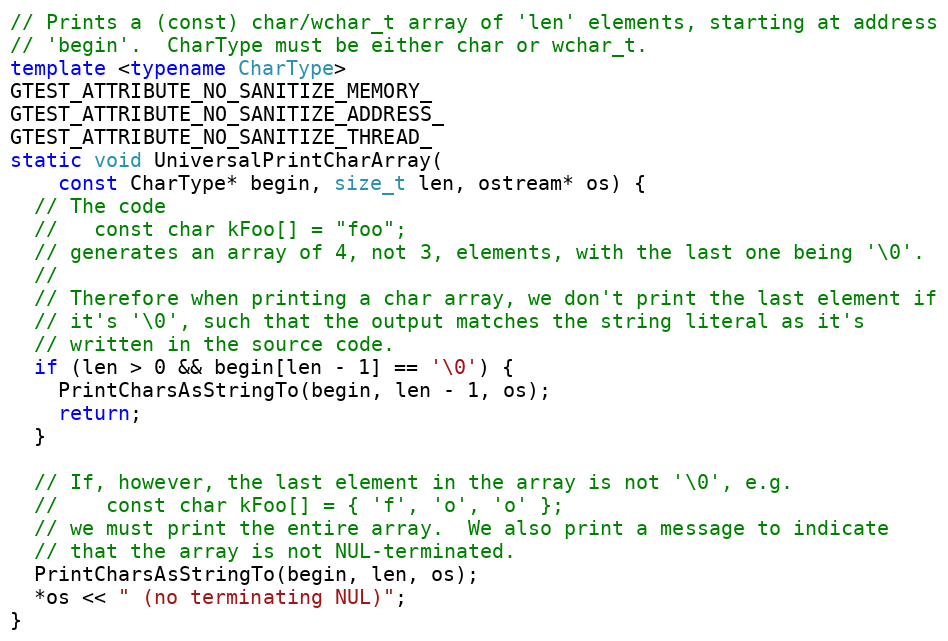
Language: C++
// Prints a (const) char/wchar_t array of 'len' elements, starting at address
// 'begin'.  CharType must be either char or wchar_t.
template <typename CharType>
GTEST_ATTRIBUTE_NO_SANITIZE_MEMORY_
GTEST_ATTRIBUTE_NO_SANITIZE_ADDRESS_
GTEST_ATTRIBUTE_NO_SANITIZE_THREAD_
static void UniversalPrintCharArray(
    const CharType* begin, size_t len, ostream* os) {
  // The code
  //   const char kFoo[] = "foo";
  // generates an array of 4, not 3, elements, with the last one being '\0'.
  //
  // Therefore when printing a char array, we don't print the last element if
  // it's '\0', such that the output matches the string literal as it's
  // written in the source code.
  if (len > 0 && begin[len - 1] == '\0') {
    PrintCharsAsStringTo(begin, len - 1, os);
    return;
  }

  // If, however, the last element in the array is not '\0', e.g.
  //    const char kFoo[] = { 'f', 'o', 'o' };
  // we must print the entire array.  We also print a message to indicate
  // that the array is not NUL-terminated.
  PrintCharsAsStringTo(begin, len, os);
  *os << " (no terminating NUL)";
}